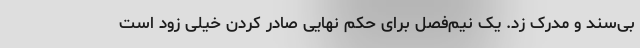
بی‌سند و مدرک زد. یک نیم‌فصل برای حکم نهایی صادر کردن خیلی زود است